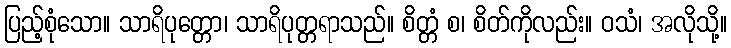
ပြည့်စုံသော။ သာရိပုတ္တော၊ သာရိပုတ္တရာသည်။ စိတ္တံ စ၊ စိတ်ကိုလည်း။ ဝသံ၊ အလိုသို့။